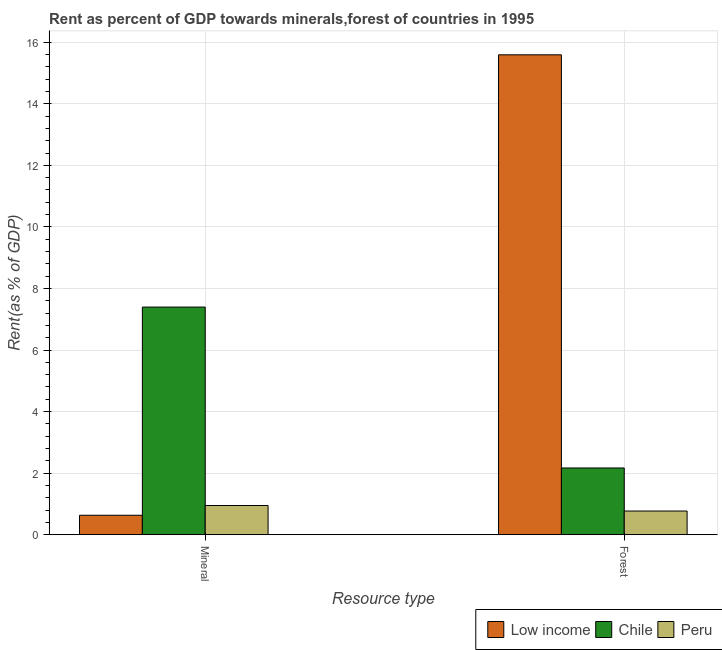
| Resource type | Low income | Chile | Peru |
 | --- | --- | --- | --- |
 | Mineral | 0.631 | 7.4 | 0.948 |
 | Forest | 15.6 | 2.17 | 0.769 |